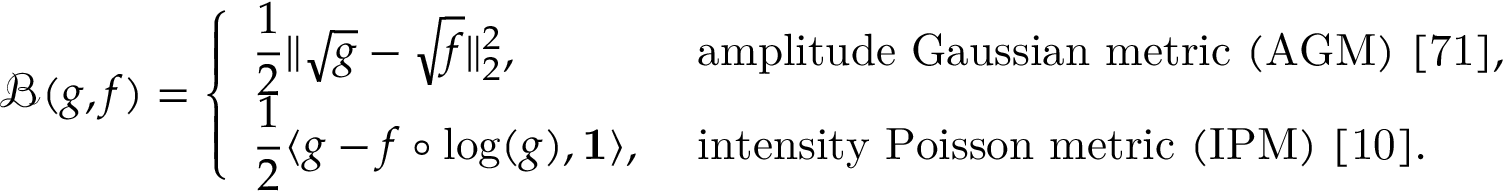
\begin{array} { r } { \mathcal { B } ( g , f ) = \displaystyle \left\{ \begin{array} { l l } { \displaystyle \frac { 1 } { 2 } \| \sqrt { g } - \sqrt { f } \| _ { 2 } ^ { 2 } , } & { \mathrm { ~ a m p l i t u d e ~ G a u s s i a n ~ m e t r i c ~ ( A G M ) ~ [ 7 1 ] } , } \\ { \displaystyle \frac { 1 } { 2 } \langle g - f \circ \log ( g ) , \mathbf { 1 } \rangle , } & { \mathrm { ~ i n t e n s i t y ~ P o i s s o n ~ m e t r i c ~ ( I P M ) ~ [ 1 0 ] } . } \end{array} \right. } \end{array}